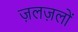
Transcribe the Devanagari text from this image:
ज़लज़लों